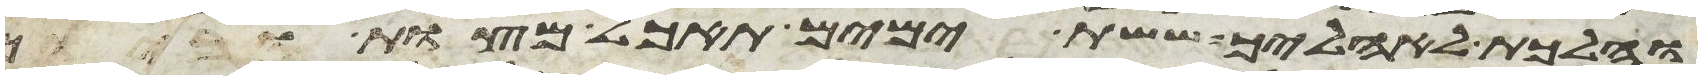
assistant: והלכת לאהליך ששת ימים תאכל מצות וביום